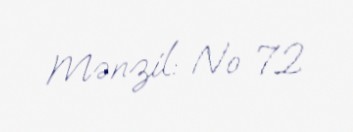
Mənzil: № 72